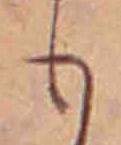
も